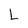
Character: L